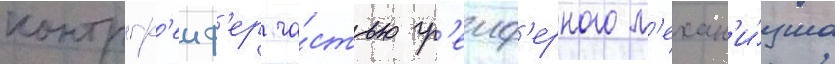
контргр'еиф'ер ча́стью гр'еиф'ерного м'ехан'и́зма